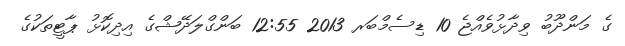
ގެ މަންދޫބު ވިދާޅުވެއްޖެ 10 ޑިސެމްބަރ 2013 12:55 ބަންގްލަދޭޝްގެ އިދިކޮޅު ޕާޓީތަކުގެ